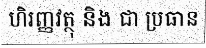
ហិរញ្ញវត្ថុ និង ជា ប្រធាន